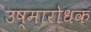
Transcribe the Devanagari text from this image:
उष्मारोधक